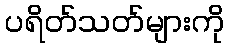
ပရိတ်သတ်များကို